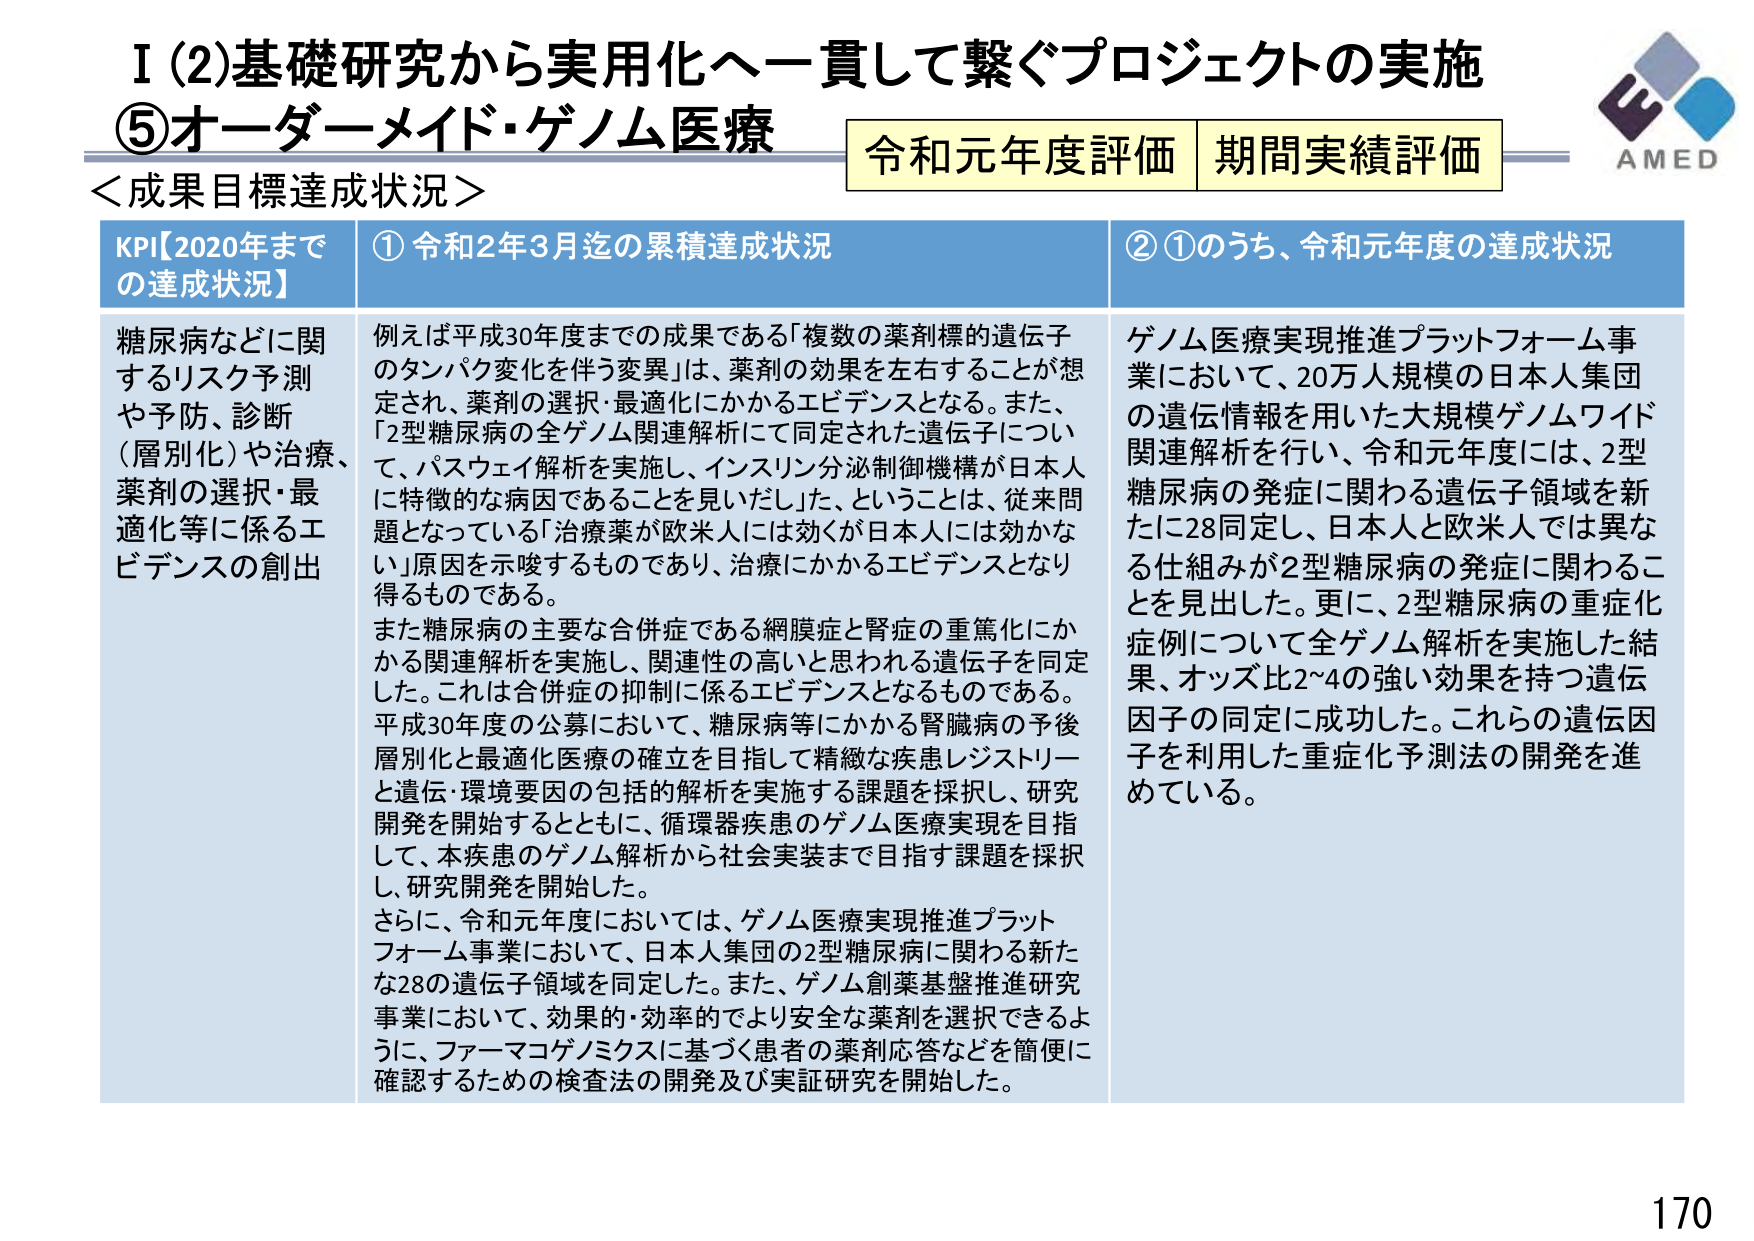
I (2)基礎研究から実用化へ一貫して繋ぐプロジェクトの実施
⑤オーダーメイド・ゲノム医療
＜成果目標達成状況＞
令和元年度評価 期間実績評価
AMED

KPI【2020年までの達成状況】
① 令和2年3月迄の累積達成状況
② ①のうち、令和元年度の達成状況

糖尿病などに関するリスク予測や予防、診断（層別化）や治療、薬剤の選択・最適化等に係るエビデンスの創出

例えば平成30年度までの成果である「複数の薬剤標的遺伝子のタンパク変化を伴う変異」は、薬剤の効果を左右することが想定され、薬剤の選択・最適化にかかるエビデンスとなる。また、「2型糖尿病の全ゲノム関連解析にて同定された遺伝子について、パスウェイ解析を実施し、インスリン分泌制御機構が日本人に特徴的な病因であることを見いだし」た、ということは、従来問題となっている「治療薬が欧米人には効くが日本人には効かない」原因を示唆するものであり、治療にかかるエビデンスとなり得るものである。
また糖尿病の主要な合併症である網膜症と腎症の重篤化にかかる関連解析を実施し、関連性の高いと思われる遺伝子を同定した。これは合併症の抑制に係るエビデンスとなるものである。
平成30年度の公募において、糖尿病等にかかる腎臓病の予後層別化と最適化医療の確立を目指して精緻な疾患レジストリーと遺伝・環境要因の包括的解析を実施する課題を採択し、研究開発を開始するとともに、循環器疾患のゲノム医療実現を目指して、本疾患のゲノム解析から社会実装まで目指す課題を採択し、研究開発を開始した。
さらに、令和元年度においては、ゲノム医療実現推進プラットフォーム事業において、日本人集団の2型糖尿病に関わる新たな28の遺伝子領域を同定した。また、ゲノム創薬基盤推進研究事業において、効果的・効率的でより安全な薬剤を選択できるように、ファーマコゲノミクスに基づく患者の薬剤応答などを簡便に確認するための検査法の開発及び実証研究を開始した。

ゲノム医療実現推進プラットフォーム事業において、20万人規模の日本人集団の遺伝情報を用いた大規模ゲノムワイド関連解析を行い、令和元年度には、2型糖尿病の発症に関わる遺伝子領域を新たに28同定し、日本人と欧米人では異なる仕組みが2型糖尿病の発症に関わることを見出した。更に、2型糖尿病の重症化症例について全ゲノム解析を実施した結果、オッズ比2～4の強い効果を持つ遺伝因子の同定に成功した。これら の遺伝因子を利用した重症化予測法の開発を進めている。

170